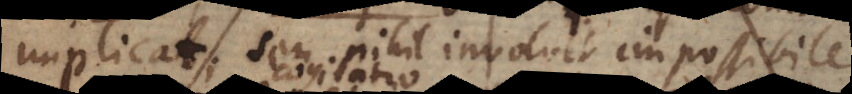
implicat; seu nihil involvit impossibile